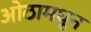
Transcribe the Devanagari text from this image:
ओठामधून